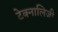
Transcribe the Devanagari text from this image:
टेक्नालिजी